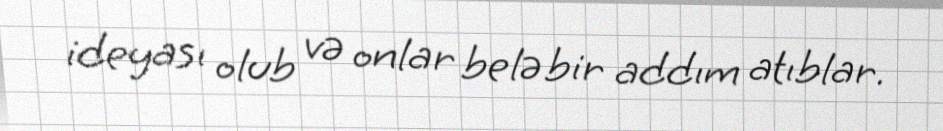
ideyası olub və onlar belə bir addım atıblar.